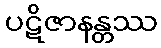
ပဋိဇာနန္တဿ